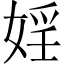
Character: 婬